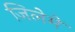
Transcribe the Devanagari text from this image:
जिलेमें